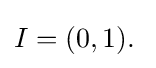
I=(0,1).\;